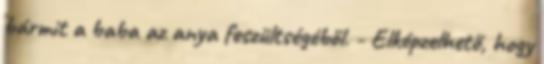
bármit a baba az anya feszültségéből. - Elképzelhető, hogy